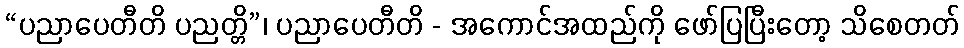
“ပညာပေတီတိ ပညတ္တိ”၊ ပညာပေတီတိ - အကောင်အထည်ကို ဖော်ပြပြီးတော့ သိစေတတ်